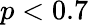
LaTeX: p<0.7